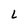
Character: 2